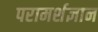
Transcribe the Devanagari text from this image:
परामर्शज्ञान